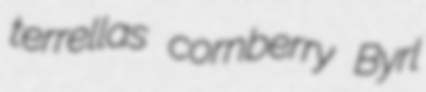
terrellas cornberry Byrl